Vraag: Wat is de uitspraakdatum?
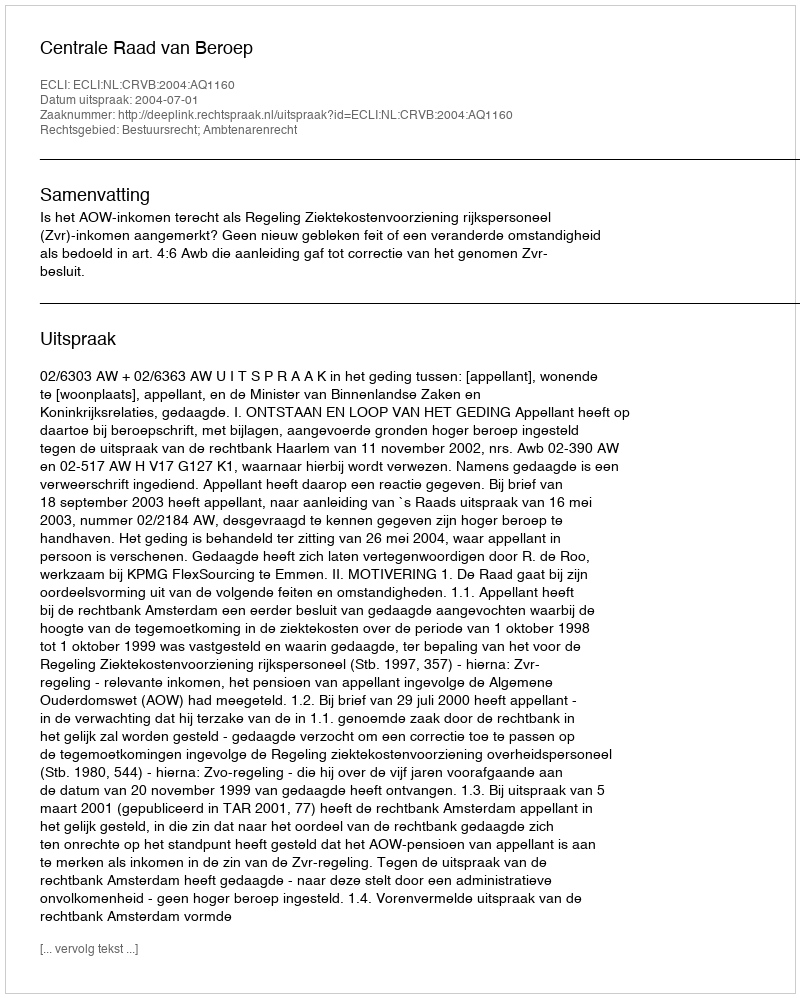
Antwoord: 2004-07-01